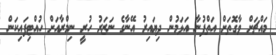
މައްޗަށް ވާގޮތަށް އަތްފުނާ އަޅަމުން ދިޔައިރު އޭނާގެ ނަޒަރު ހުރީ ނިމްރާއަށް ހުއްޓިފައިކަން